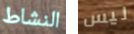
النشاط ليس